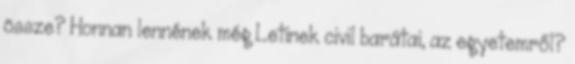
össze? Honnan lennének még Letinek civil barátai, az egyetemről?